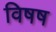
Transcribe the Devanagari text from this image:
विषष